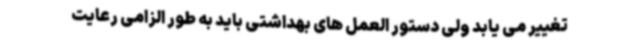
تغییر می یابد ولی دستور العمل های بهداشتی باید به طور الزامی رعایت